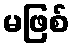
မဖြစ်